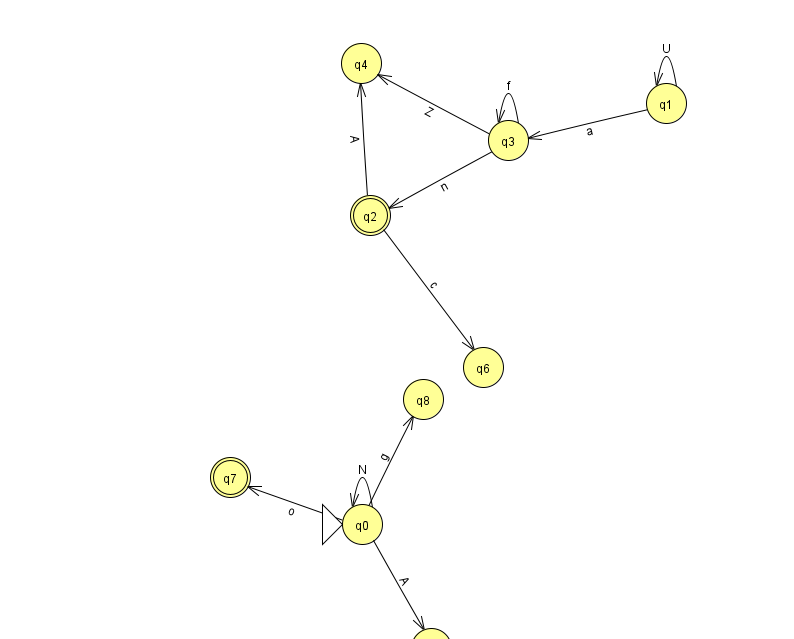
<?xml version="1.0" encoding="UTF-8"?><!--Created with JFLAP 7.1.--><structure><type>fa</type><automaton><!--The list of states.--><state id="0" name="q0"><x>362.0</x><y>511.0</y><initial/></state><state id="1" name="q1"><x>666.0</x><y>90.0</y></state><state id="2" name="q2"><x>370.0</x><y>202.0</y><final/></state><state id="3" name="q3"><x>508.0</x><y>127.0</y></state><state id="4" name="q4"><x>361.0</x><y>50.0</y></state><state id="5" name="q5"><x>431.0</x><y>635.0</y></state><state id="6" name="q6"><x>483.0</x><y>354.0</y></state><state id="7" name="q7"><x>230.0</x><y>464.0</y><final/></state><state id="8" name="q8"><x>423.0</x><y>386.0</y></state><!--The list of transitions.--><transition><from>0</from><to>5</to><read>A</read></transition><transition><from>1</from><to>1</to><read>U</read></transition><transition><from>3</from><to>3</to><read>f</read></transition><transition><from>3</from><to>4</to><read>Z</read></transition><transition><from>0</from><to>8</to><read>g</read></transition><transition><from>1</from><to>3</to><read>a</read></transition><transition><from>2</from><to>4</to><read>A</read></transition><transition><from>2</from><to>6</to><read>c</read></transition><transition><from>3</from><to>2</to><read>n</read></transition><transition><from>0</from><to>0</to><read>N</read></transition><transition><from>0</from><to>7</to><read>o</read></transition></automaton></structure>